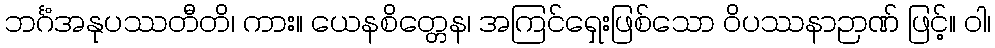
ဘင်္ဂံအနုပဿတီတိ၊ ကား။ ယေနစိတ္တေန၊ အကြင်ရှေးဖြစ်သော ဝိပဿနာဉာဏ် ဖြင့်။ ဝါ၊